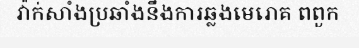
វ៉ាក់សាំងប្រឆាំងនឹងការឆ្លងមេរោគ ពពួក